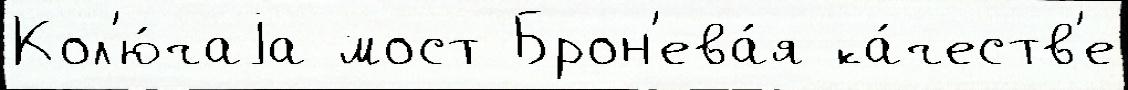
Кол'ю́чаjа мост Брон'ева́я ка́честв'е